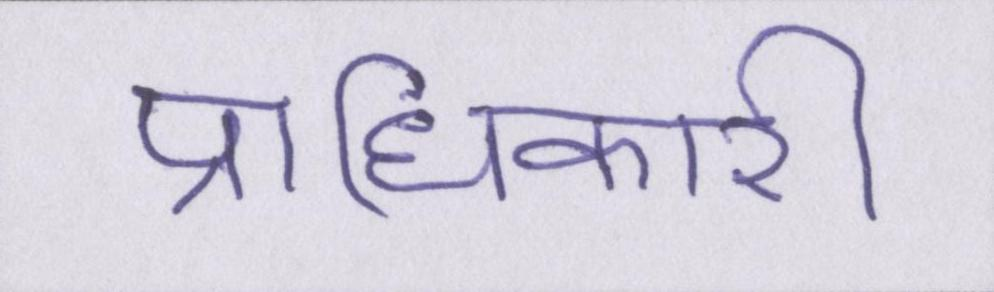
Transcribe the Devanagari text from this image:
प्राधिकारी